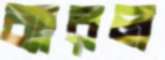
ব্যারল